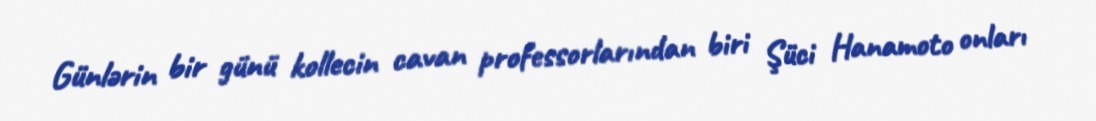
Günlərin bir günü kollecin cavan professorlarından biri Şüci Hanamoto onları